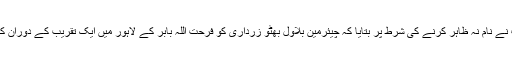
ان کے ہمراہ موجود پی پی پی کی ایک اہم شخصیت نے نام نہ ظاہر کرنے کی شرط پر بتایا کہ چیئرمین بلاول بھٹو زرداری کو فرحت اللہ بابر کے لاہور میں ایک تقریب کے دوران کی گئی تقریر سے شدید تکلیف اور صدمہ پہنچا ہے۔